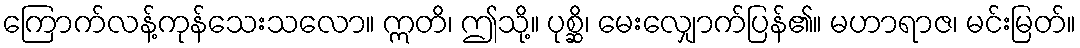
ကြောက်လန့်ကုန်သေးသလော။ ဣတိ၊ ဤသို့။ ပုစ္ဆိ၊ မေးလျှောက်ပြန်၏။ မဟာရာဇ၊ မင်းမြတ်။